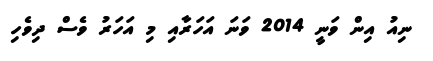
ނިއު އިން ވަނީ 2014 ވަނަ އަހަރާއި މި އަހަރު ވެސް ދިވެހި